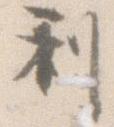
利